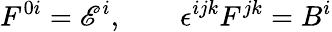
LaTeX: F^{0i}=\mathscr{E}^{i},\qquad\epsilon^{ijk}F^{jk}=B^{i}